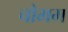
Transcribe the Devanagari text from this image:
चोभम